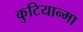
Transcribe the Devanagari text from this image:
कुटियान्मा